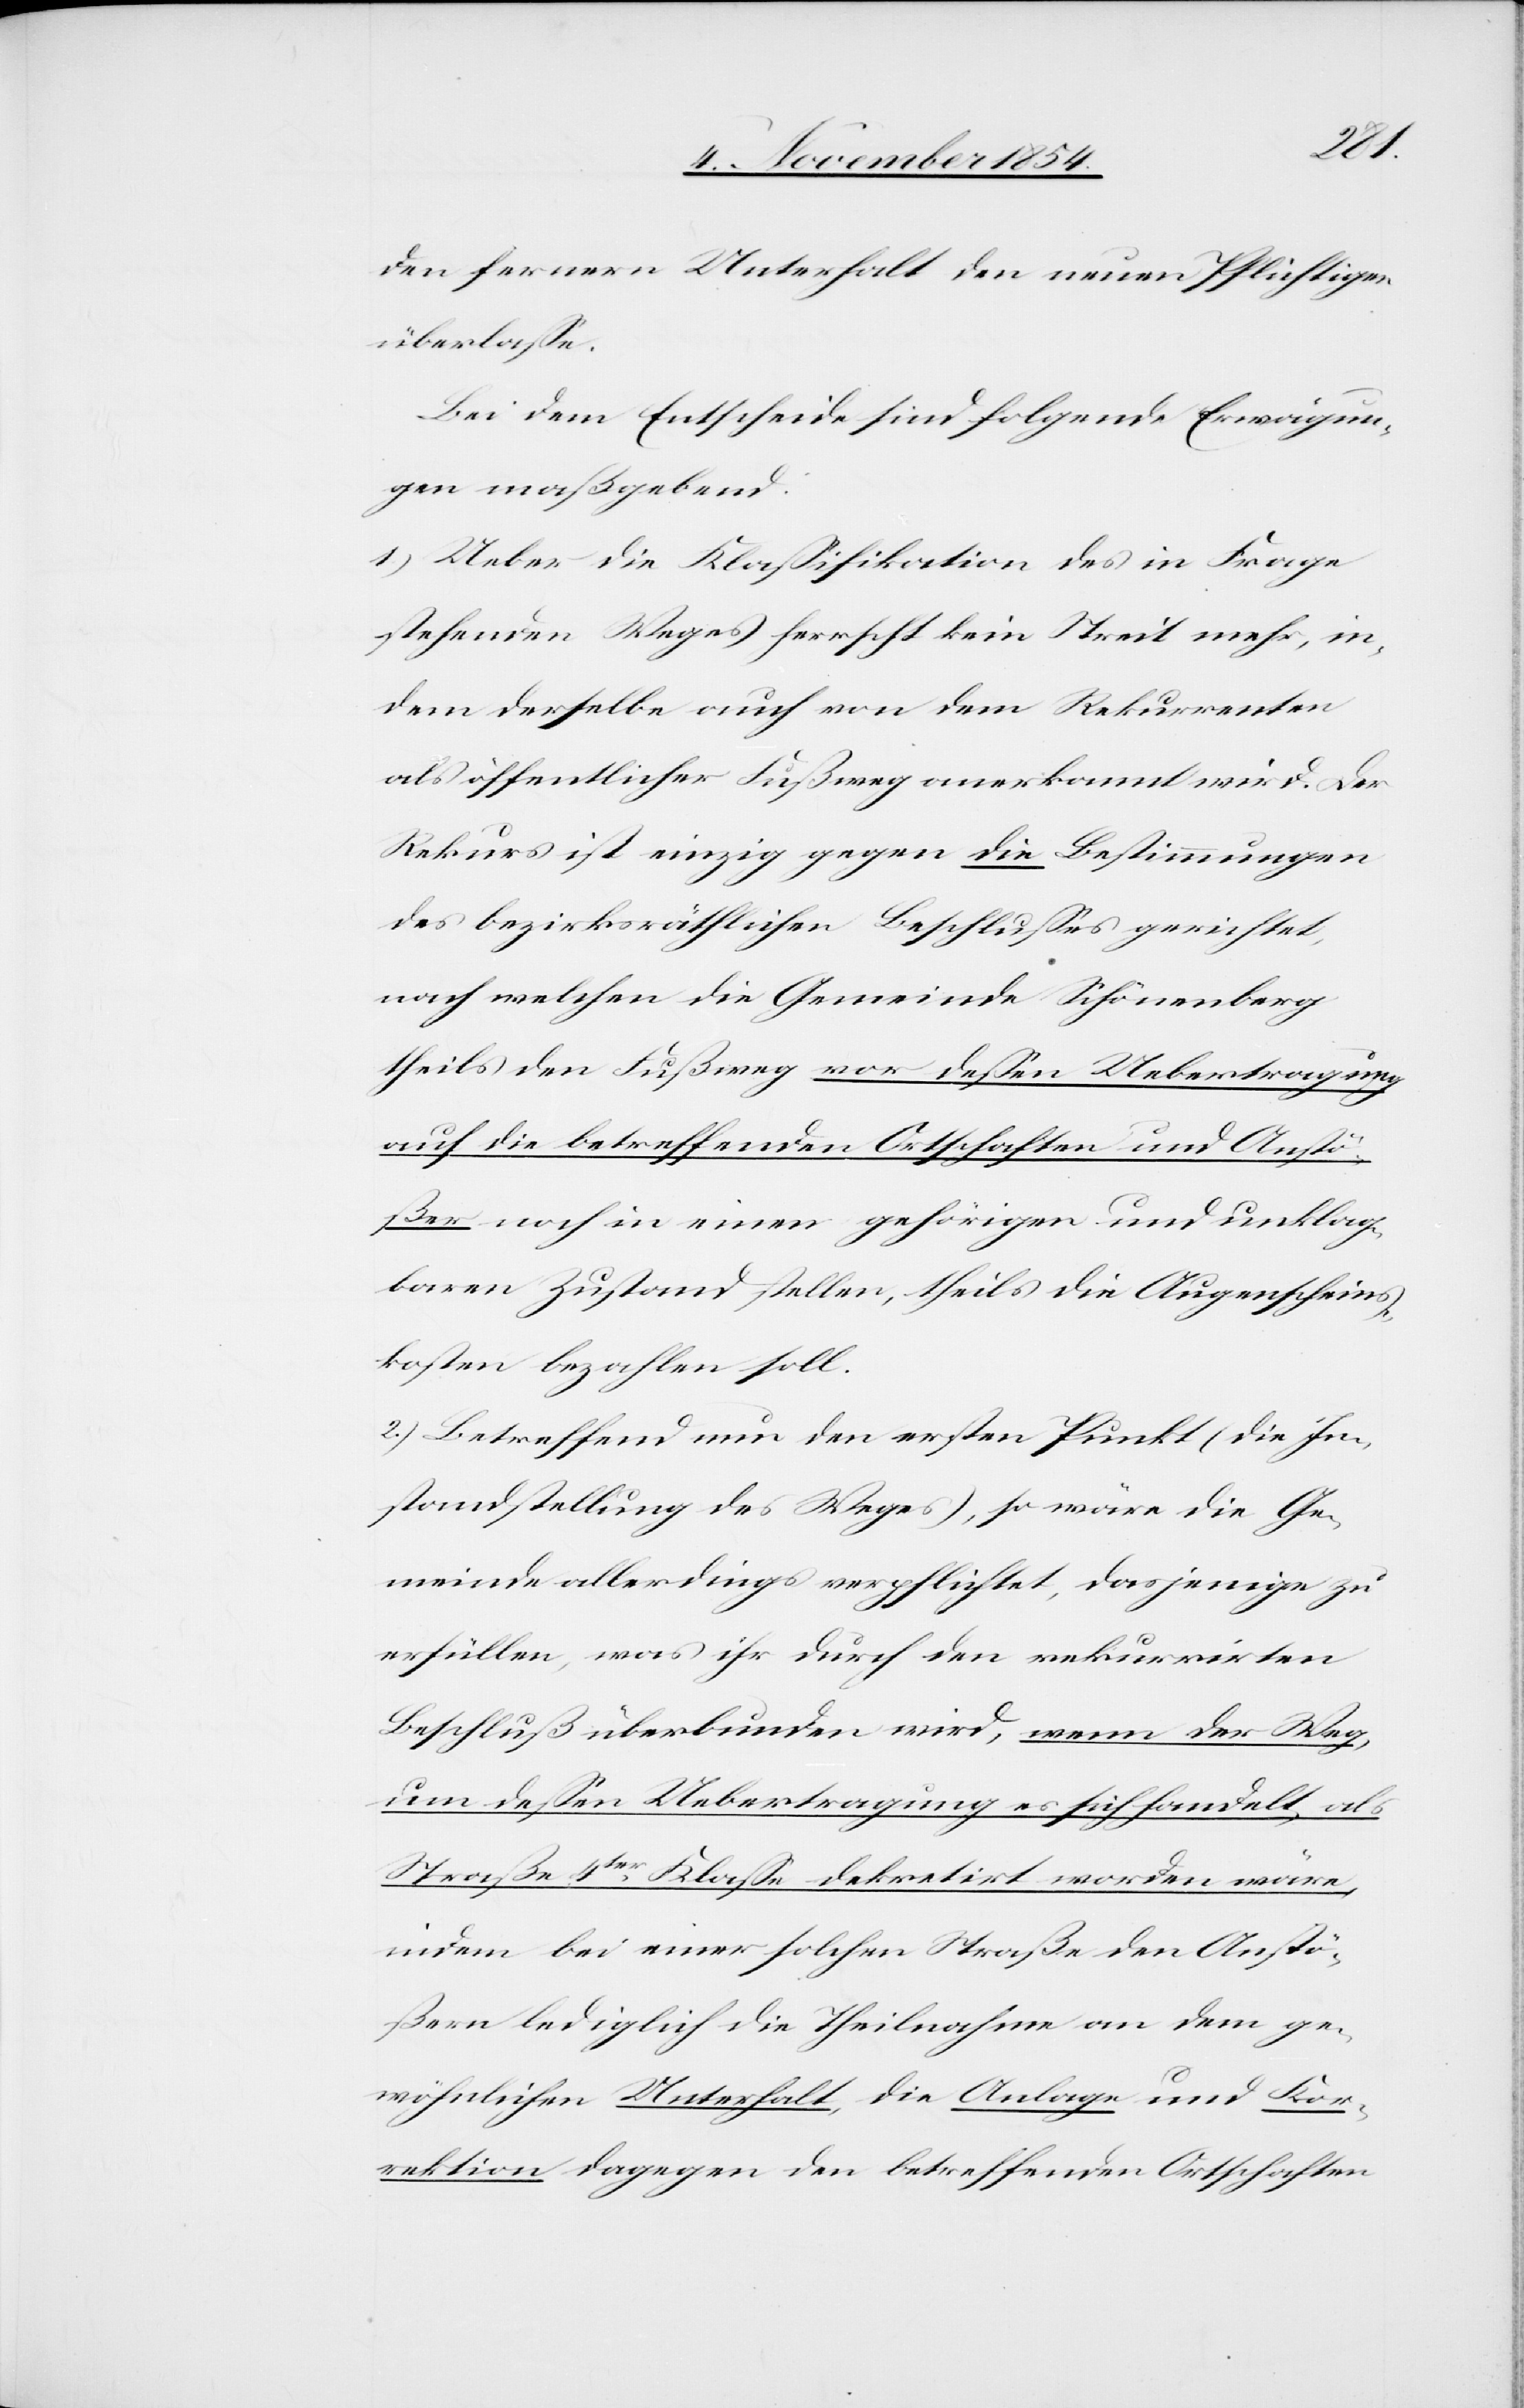
den fernern Unterhalt den neuen Pflichtigen
überlaße.
Bei dem Entscheide sind folgende Erwägun¬
gen maßgebend:
1.) Ueber die Klaßifikation des in Frage
stehenden Weges herrscht kein Streit mehr, in¬
dem derselbe auch von dem Rekurrenten
als öffentlicher Fußweg anerkannt wird. Der
Rekurs ist einzig gegen die Bestimmungen
des bezirksräthlichen Beschlußes gerichtet,
nach welchen die Gemeinde Schönenberg
theils den Fußweg vor deßen Uebertragung
auf die betreffenden Ortschaften und Anstö¬
ßer noch in einen gehörigen und unklag¬
baren Zustand stellen, theils die Augenscheins¬
kosten bezahlen soll.
2.) Betreffend nun den ersten Punkt (die In¬
standstellung des Weges), so wäre die Ge¬
meinde allerdings verpflichtet, dasjenige zu
erfüllen, was ihr durch den rekurrirten
Beschluß überbunden wird, wenn der Weg,
um deßen Uebertragung es sich handelt, als
Straße 4ter Klaße dekretirt worden wäre,
indem bei einer solchen Straße den Anstö¬
ßern lediglich die Theilnahme an dem ge¬
wöhnlichen Unterhalt, die Anlage und Kor¬
rektion dagegen den betreffenden Ortschaften